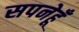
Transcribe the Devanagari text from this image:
सपनेहूँ